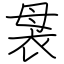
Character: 袰